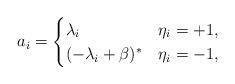
LaTeX: \begin{align*} a_i = \begin{cases} \lambda_i & \eta_i = +1,\\ (-\lambda_i+\beta)^* & \eta_i =-1, \end{cases}\end{align*}